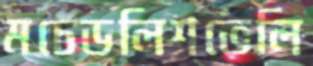
মচেডলিশভেলি